Civil Veterinary Department Bihar reports 1940-50 - 1940-1950
Year: 1940
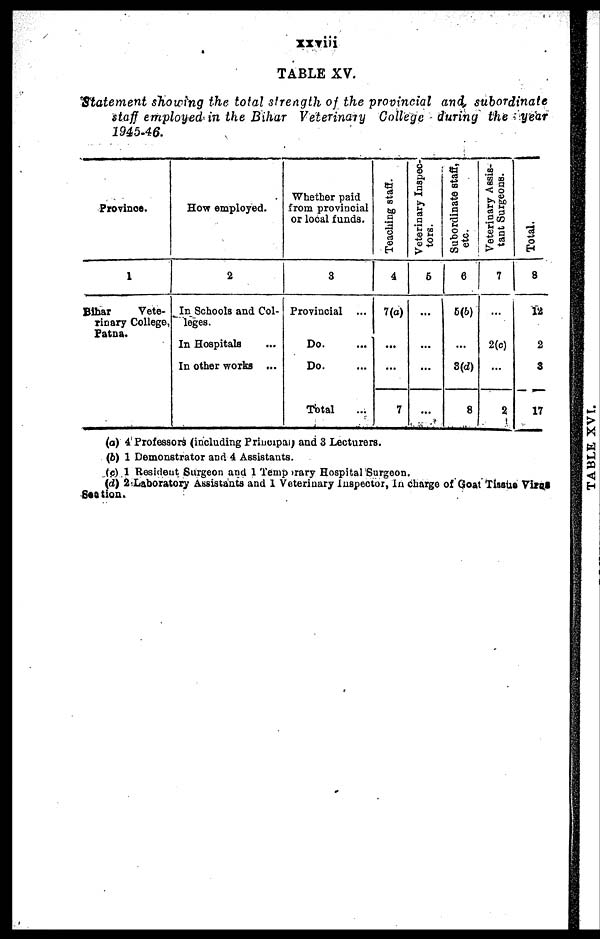
xxviii
TABLE XV.
Statement showing the total strength of the provincial and, subordinate
staff employed in the Bihar Veterinary College during the year
1945-46 .
Province.
1
Bihar
Vete-
rinary College,
Patna.
How employed.
2
In Schools and Col-
leges.
In Hospitals ...
In other works ...
Whether paid
from provincial
or local funds.
3
Provincial
Do. ...
Do. ...
Total ...
Teaching staff.
4
7(a)
...
...
7
Veterinary Inspec-
tors.
5
...
...
...
...
Subordinate staff,
etc.
6
5(b)
...
3(d)
8
Veterinary Assis-
tant Surgeons.
7
...
2(c)
...
2
Total
8
12
2
3
17
(a) 4 Professors (including Principal) and 3 Lecturers.
(b) 1 Demonstrator and 4 Assistants.
(c) 1 Resident Surgeon and 1 Temporary Hospital Surgeon.
(d) 2 Laboratory Assistants and 1 Veterinary Inspector, In charge of Goat Tissue Virus
Section.